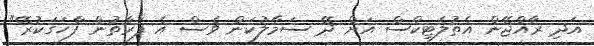
އަދި ރާއްޖޭން އެތުލެޓިކްސް އަށް ދޭ ސަމާލުކަން ވެސް އެ ފަރާތުން ފާހަގަކުރޭ"